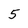
Character: 5